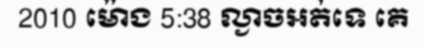
2010 ម៉ោង 5:38 ល្ងាចអត់ទេ គេ